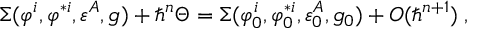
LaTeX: \Sigma ( \varphi ^ { i } , \varphi ^ { * i } , \varepsilon ^ { A } , g ) + \hbar ^ { n } \Theta = \Sigma ( \varphi _ { 0 } ^ { i } , \varphi _ { 0 } ^ { * i } , \varepsilon _ { 0 } ^ { A } , g _ { 0 } ) + O ( \hbar ^ { n + 1 } ) \; ,